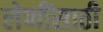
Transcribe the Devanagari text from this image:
लेणींसाठी